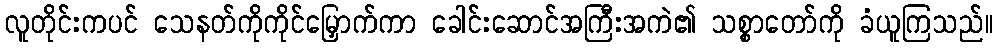
လူတိုင်းကပင် သေနတ်ကိုကိုင်မြှောက်ကာ ခေါင်းဆောင်အကြီးအကဲ၏ သစ္စာတော်ကို ခံယူကြသည်။